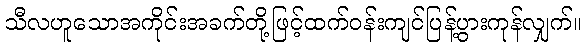
သီလဟူသောအကိုင်းအခက်တို့ဖြင့်ထက်ဝန်းကျင်ပြန့်ပွားကုန်လျှက်။